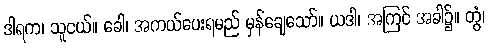
ဒါရက၊ သူငယ်။ ခေါ၊ အကယ်ပေးရမည် မှန်ချေသော်။ ယဒါ၊ အကြင် အခါ၌။ တွံ၊